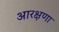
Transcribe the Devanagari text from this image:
आरक्षणा